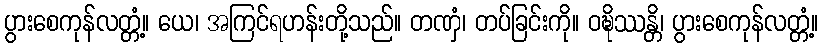
ပွားစေကုန်လတ္တံ့။ ယေ၊ အကြင်ရဟန်းတို့သည်။ တဏှံ၊ တပ်ခြင်းကို။ ဝဍ္ဎိဿန္တိ၊ ပွားစေကုန်လတ္တံ့။